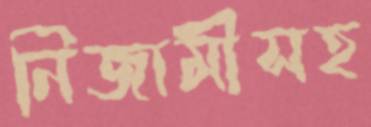
নিজামীসহ